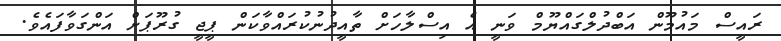
ރައީސް މައުމޫން އަބްދުލްގައްޔޫމް ވަނީ އެ އިސްލާހަށް ތާއީދުނުކުރައްވާކަން ޕީޖީ ގުރޫޕަށް އަންގަވާފައެވެ.